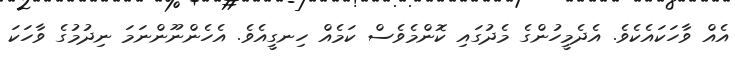
އެއް ވާހަކައެކެވެ. އެދެމީހުންގެ މެދުގައި ކޮންމެވެސް ކަމެއް ހިނގީއެވެ. އެހެންނޫންނަމަ ނިދުމުގެ ވާހަކަ